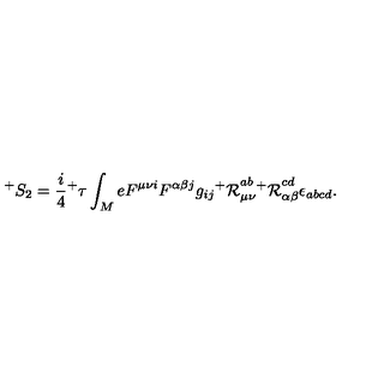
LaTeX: ^ { + } S _ { 2 } = \frac { i } { 4 } { ^ + \tau } \int _ { M } e F ^ { \mu \nu i } F ^ { \alpha \beta j } g _ { i j } { ^ + { \cal R } } _ { \mu \nu } ^ { a b } { ^ + { \cal R } } _ { \alpha \beta } ^ { c d } \epsilon _ { a b c d } .